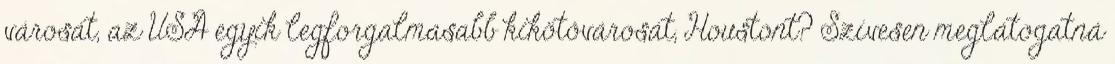
városát, az USA egyik legforgalmasabb kikötővárosát, Houstont? Szívesen meglátogatná